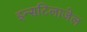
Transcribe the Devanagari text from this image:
इन्सटिलाजेल